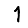
Digit: 1